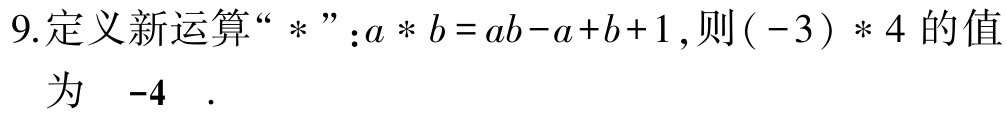
9.定义新运算“$*$”：$a*b = ab - a + b + 1$,则$(-3)*4$的值为  -4 .